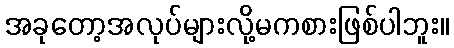
အခုတော့အလုပ်များလို့မကစားဖြစ်ပါဘူး။